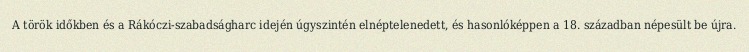
A török időkben és a Rákóczi-szabadságharc idején úgyszintén elnéptelenedett, és hasonlóképpen a 18. században népesült be újra.